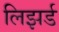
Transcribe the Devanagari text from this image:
लिझर्ड